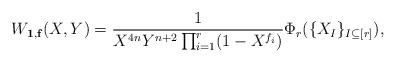
LaTeX: \begin{align*} W_{\mathbf{1}, \mathbf{f}}(X,Y) = \frac{1}{X^{4n}Y^{n+2} \prod_{i = 1}^r (1 - X^{f_i})} \Phi_r (\{ X_I \}_{I \subseteq [r]}),\end{align*}